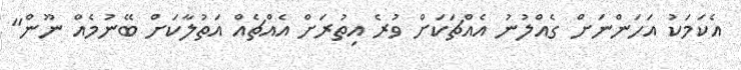
އެކަމަކު އަހަންނަށް ގެއްލުނު އެއްޗަކަށް ވުރެ އިތުރަށް އެއްޗެއް އަތުލާކަށް ބޭނުމެއް ނޫން"